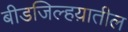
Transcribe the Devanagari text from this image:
बीडजिल्हय़ातील